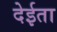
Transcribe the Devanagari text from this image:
देईता